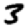
Digit: 3